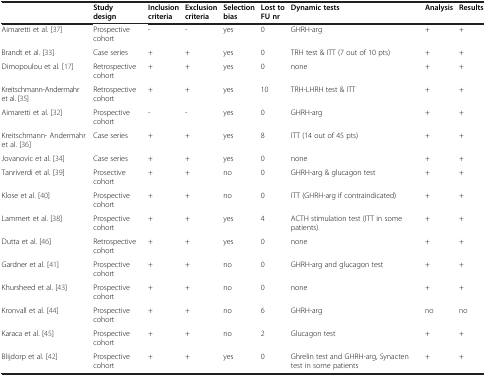
|  | Study design | Inclusion criteria | Exclusion criteria | Selection bias | Lost to FU nr | Dynamic tests | Analysis | Results |
 | --- | --- | --- | --- | --- | --- | --- | --- | --- |
 | Aimaretti et al. [37] | Prospective cohort | - | - | yes | 0 | GHRH-arg | + | + |
 | Brandt et al. [33] | Case series | + | + | yes | 0 | TRH test & ITT (7 out of 10 pts) | + | + |
 | Dimopoulou et al. [17] | Retrospective cohort | + | + | yes | 0 | none | + | + |
 | Kreitschmann-Andermahr et al. [35] | Retrospective cohort | + | + | yes | 10 | TRH-LHRH test & ITT | + | + |
 | Aimaretti et al. [32] | Prospective cohort | - | - | yes | 0 | GHRH-arg | + | + |
 | Kreitschmann- Andermahr et al. [36] | Case series | + | + | yes | 8 | ITT (14 out of 45 pts) | + | + |
 | Jovanovic et al. [34] | Case series | + | + | yes | 0 | none | + | + |
 | Tanriverdi et al. [39] | Prosective cohort | + | + | no | 0 | GHRH-arg & glucagon test | + | + |
 | Klose et al. [40] | Prospective cohort | + | + | no | 0 | ITT (GHRH-arg if contraindicated) | + | + |
 | Lammert et al. [38] | Prospective cohort | + | + | yes | 4 | ACTH stimulation test (ITT in some patients) | + | + |
 | Dutta et al. [46] | Retrospective cohort | + | + | yes | 0 | none | + | + |
 | Gardner et al. [41] | Prospective cohort | + | + | no | 0 | GHRH-arg and glucagon test | + | + |
 | Khursheed et al. [43] | Prospective cohort | + | + | no | 0 | none | + | + |
 | Kronvall et al. [44] | Prospective cohort | + | + | no | 6 | GHRH-arg | no | no |
 | Karaca et al. [45] | Prospective cohort | + | + | no | 2 | Glucagon test | + | + |
 | Blijdorp et al. [42] | Prospective cohort | + | + | yes | 0 | Ghrelin test and GHRH-arg, Synacten test in some patients | + | + |